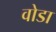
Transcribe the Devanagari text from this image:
वोडा